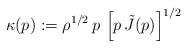
LaTeX: \begin{align*} \kappa(p) := \rho^{1/2}\, p \, \left[p \, \tilde{J}(p)\right]^{1/2}\end{align*}